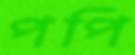
পপি